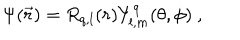
LaTeX: \Psi ( \vec { r } ) = R _ { q , l } ( r ) Y _ { l , m } ^ { q } ( \theta , \phi ) \ ,